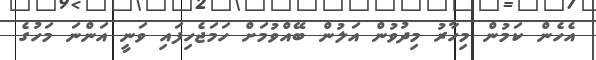
އެހެން ކަމުން މިހާރު މިދުވުން އަލުން ބޭއްވުމަށް ހަމަޖެހިފައި ވަނީ އަންނަ މަހުގެ